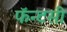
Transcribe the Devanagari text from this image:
फॅन्टसी